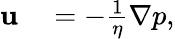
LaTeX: \begin{array}{rl}{\mathbf{u}}&{{}=-\frac{1}{\eta}\nabla p,}\end{array}